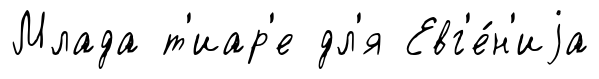
Млада т'иар'е дл'я Евг'е́н'иjа